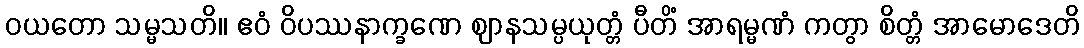
ဝယတော သမ္မသတိ။ ဧဝံ ဝိပဿနာက္ခဏေ ဈာနသမ္ပယုတ္တံ ပီတိံ အာရမ္မဏံ ကတွာ စိတ္တံ အာမောဒေတိ